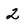
Character: 2